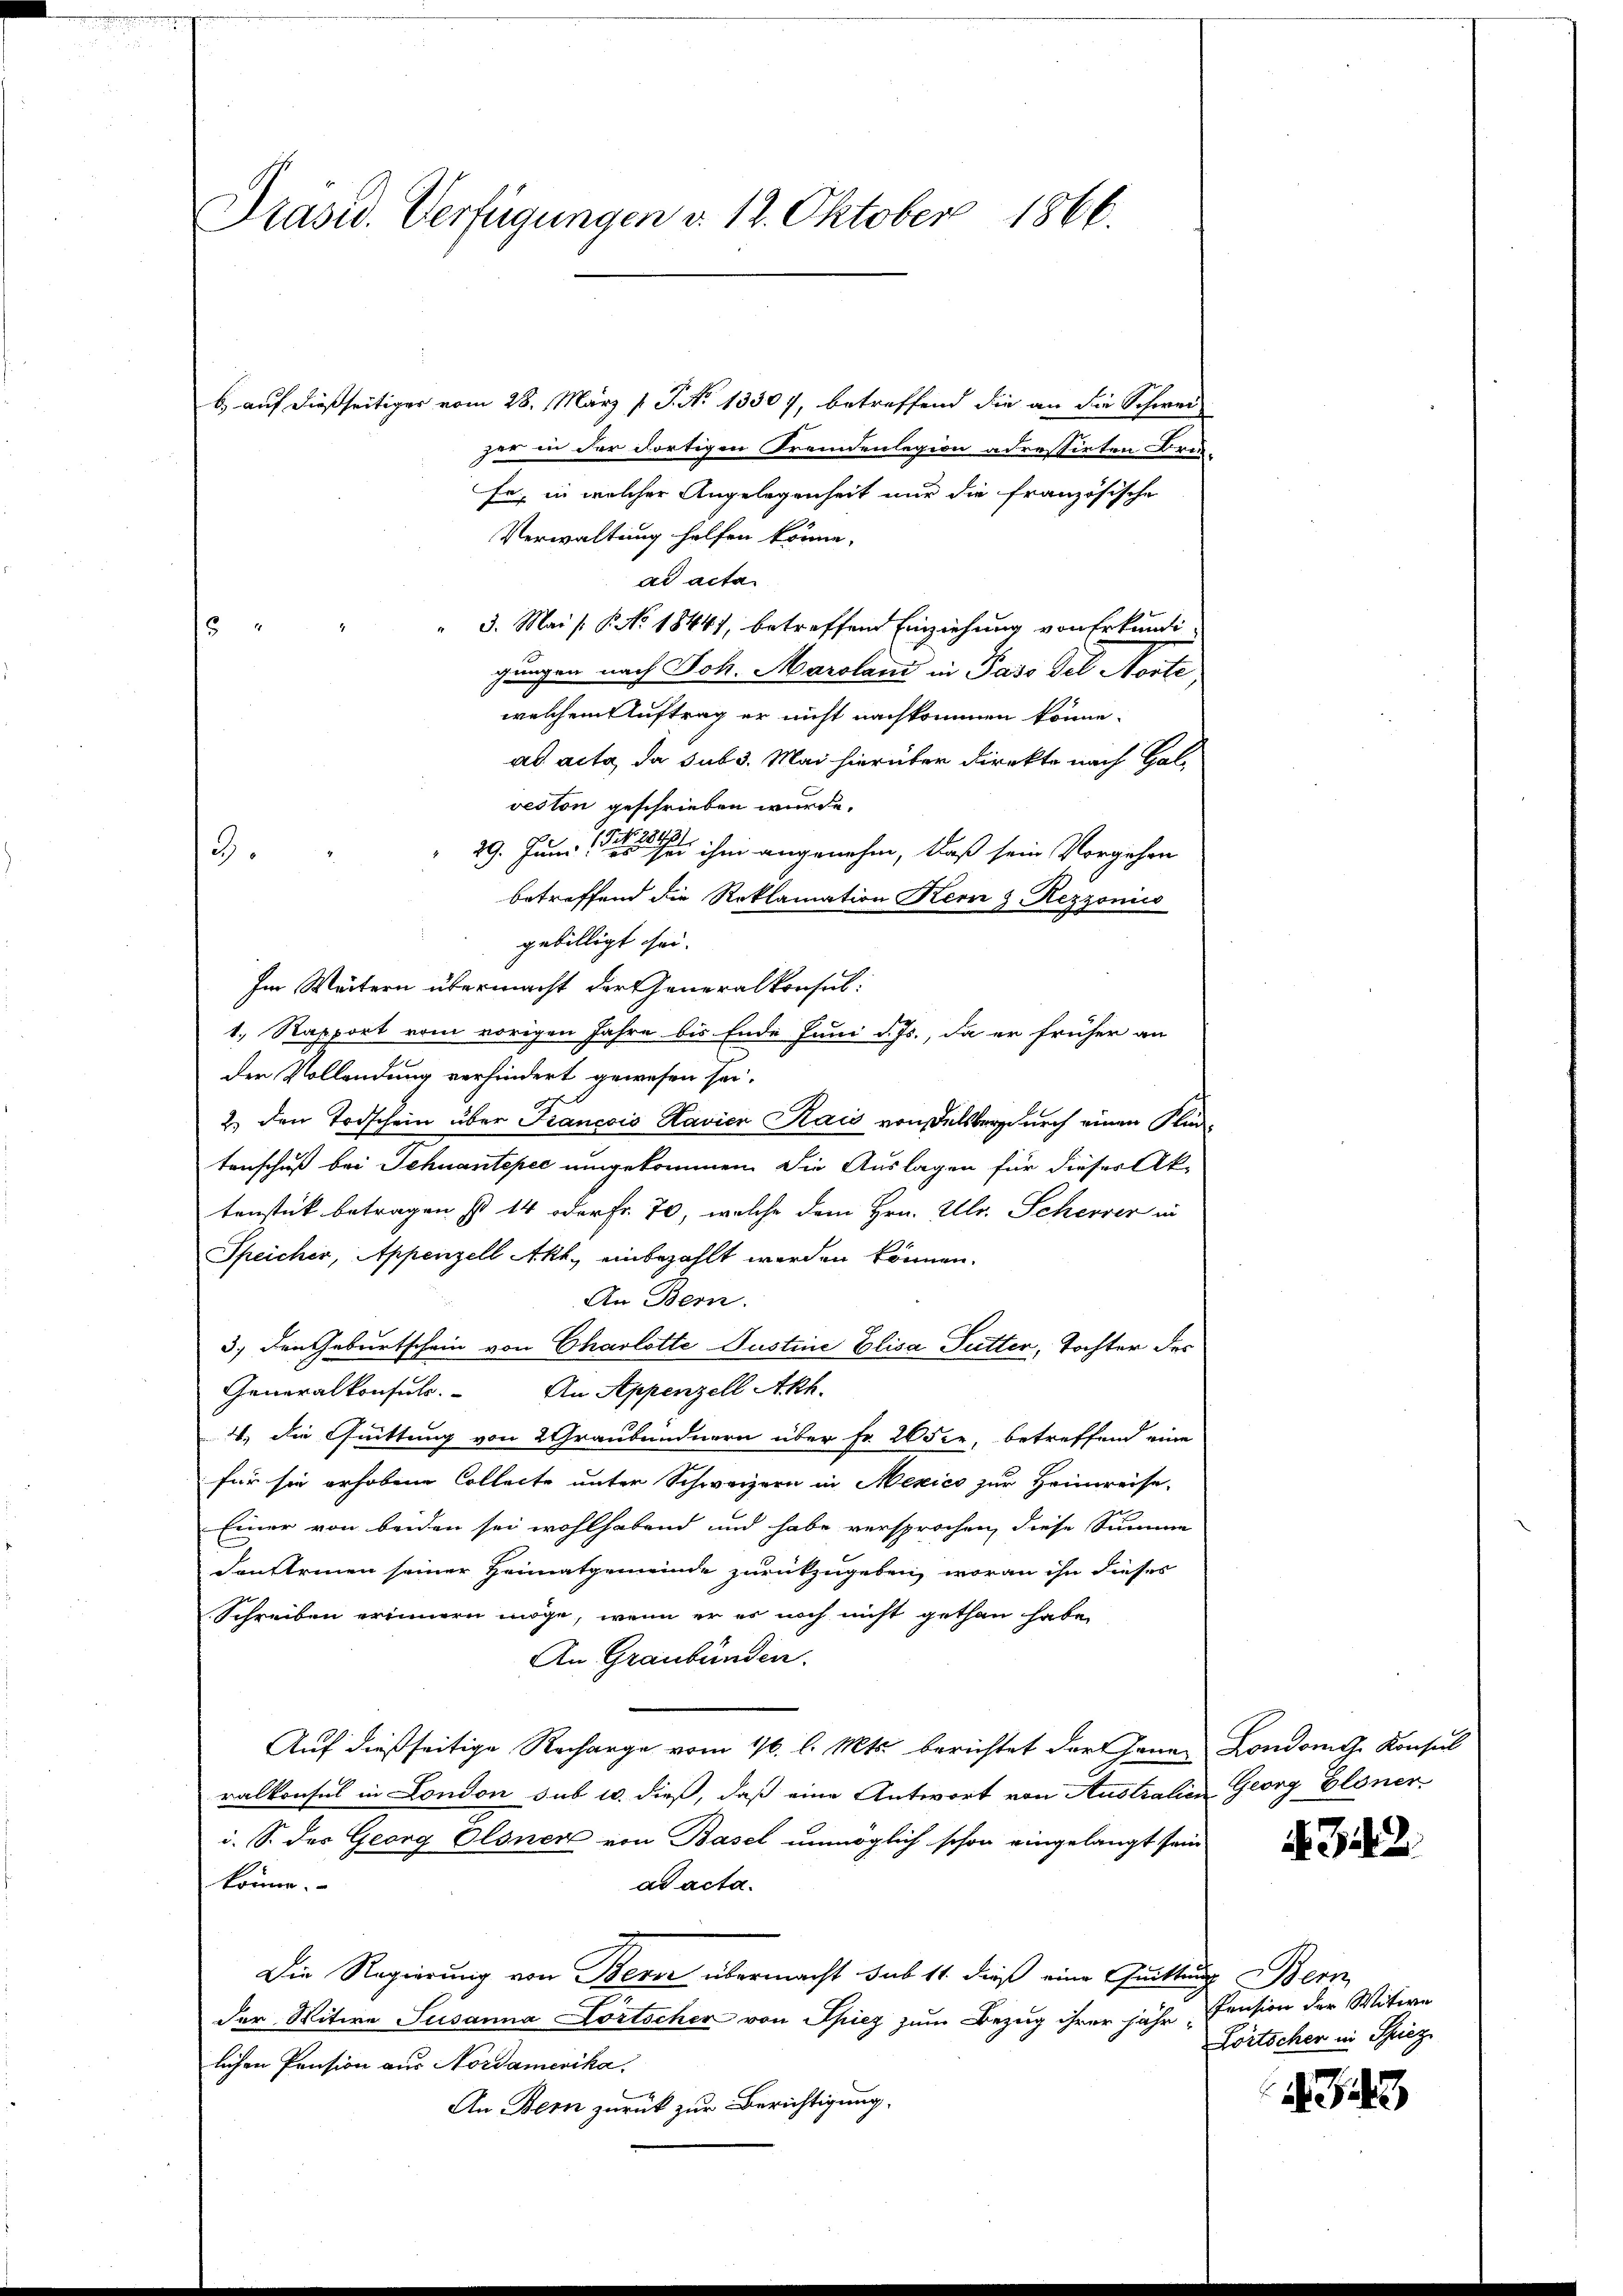
Präsid. Verfügungen v. 12. Oktober 1866.

b. auf dießseitiger vom 28. März l. J. No 13307, betreffend die an die Schwei
zer in der dortigen Fremdenlegion adressirten Brie-
Fr, in welcher Angelegenheit nur die französische
Verwaltung helfen könne.
ad acta
" 3. Mai [§ No. 1844), betreffend Einziehung von Erkundi
15
gungen nach Joh. Maroland in Paso del Norte
welchem Auftrag er nicht nachkommen könne.
ad acta, da sub 3. Mai hierüber direkte nach Golveston geschrieben wurde.
29. Juni e s s ihm angenehm, daß sein Vorgehen
betreffend die Reklamation Kern z. Rezzonico
gebilligt sei.
Im Weitern übermacht der Generalkonsul:
1.) Rapport vom vorigen Jahre bis Ende Juni d. Js., da er früher an
der Vollendung verhindert gewesen sei.
2.) Den Todschein über Francois Havier Kais von Delsberg durch einen Fluntenschuß bei Schuantepec umgekommen. Die Auslagen für dieser Ak-
tenstück betragen ist 14 oder Fr. 70, welche dem Hrn. Ulr. Scherer in
Speicher, Appenzell Akt, einbezahlt werden können.
An Bern.
3.) Den Geburtschein von Charlotte Justine Elisa Futter, Tochter des
Generalkonsuls. An Appenzell Akh.
4. die Quittung von 2 Graubündnern über Fr. 265 er, betreffend eine
für sie erhobene Collecte unter Schweizern in Mexico zur Heimreise-
Einer von beiden sei wohlhabend und habe versprochen, diese Summe
Sonsteinen seiner Heimatgemeinde zurückzugeben, woran ihn dieses
Schreiben erinnern möge, wenn er es noch nicht gethan habe.
An Graubünden.
Auf dießseitige Recharge vom 1/6. l. Mts. berichtet der Gener Londonig Konsul
ralkonsul in London sub 10. dieß, daß eine Antwort von Australien Georg Gloner
i. S. der Georg Olsner von Basel unmöglich schon eingelangt sein
könne.
ad acta.
Die Regierung von Berne übermacht sub 11. dieß eine Quittung Bern
der Witwe Susanna Dortscher von Spiez zum Bezug ihrer jahr Pension der Witwe
lichen Pension aus Nordamerika.
An Bern zurück zur Berichtigung,

3.

342.

Lörtscher in Spiez

3